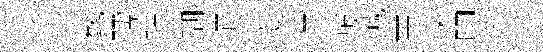
士髦孺帖瑚項蕤潢叛減票述叩